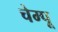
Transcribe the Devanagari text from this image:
चेम्पू